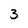
Character: 3